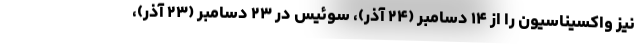
نیز واکسیناسیون را از ۱۴ دسامبر (۲۴ آذر)، سوئیس در ۲۳ دسامبر (۲۳ آذر)،